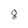
Character: 8